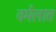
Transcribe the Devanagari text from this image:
वर्मलात